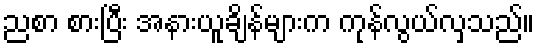
ညစာ စားပြီး အနားယူချိန်များက ကုန်လွယ်လှသည်။